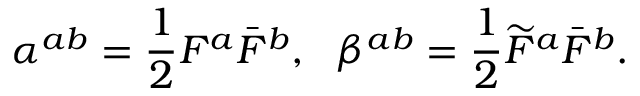
\alpha ^ { a b } = \frac { 1 } { 2 } F ^ { a } \bar { F } ^ { b } , ~ ~ \beta ^ { a b } = \frac { 1 } { 2 } \widetilde { F } ^ { a } \bar { F } ^ { b } .